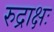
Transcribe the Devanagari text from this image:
रुद्राक्षः